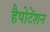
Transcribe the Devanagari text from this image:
हैपोटेंशन